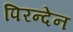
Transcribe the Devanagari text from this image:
पिरन्देन